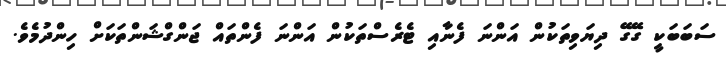
ސަބަބަކީ ގޭގޭ ދިޔަވިތަކުން އަންނަ ފެނާއި ޓެރެސްތަކުން އަންނަ ފެންތައް ޖަންގްޝަންތަކަށް ހިންދުމެވެ.